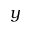
y